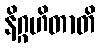
နိဂ္ဂဟိတာတိ